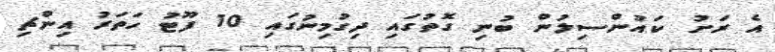
އެ ރަށު ކައުންސިލުން ބުނި ގޮތުގައި ދިގުމިނުގައި 10 ފޫޓު ހަތަރު އިންޗި